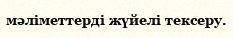
мәліметтерді жүйелі тексеру.